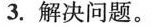
3.解决问题。